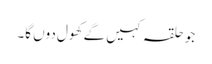
جو حلقہ کہیں گے کھول دوں گا۔